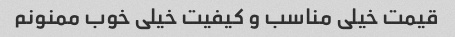
قیمت خیلی مناسب و کیفیت خیلی خوب ممنونم